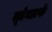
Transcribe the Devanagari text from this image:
लूडेनडार्फ